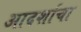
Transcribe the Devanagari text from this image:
आदर्शाचा